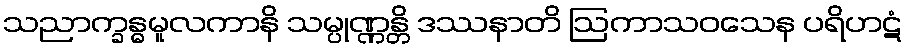
သညာက္ခန္ဓမူလကာနိ သမ္ပုဏ္ဏန္တိ ဒဿနာတိ ဩကာသဝသေန ပရိဟဋံ